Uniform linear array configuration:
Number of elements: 16
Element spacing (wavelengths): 0.75
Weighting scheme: binomial
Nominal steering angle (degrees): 60
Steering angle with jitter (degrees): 60.432
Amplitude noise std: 0.05
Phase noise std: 0.05

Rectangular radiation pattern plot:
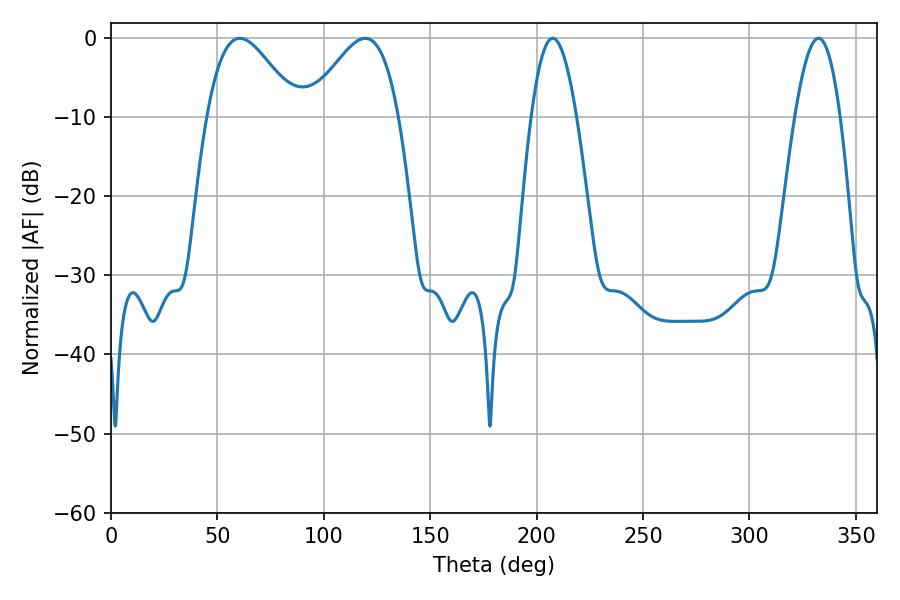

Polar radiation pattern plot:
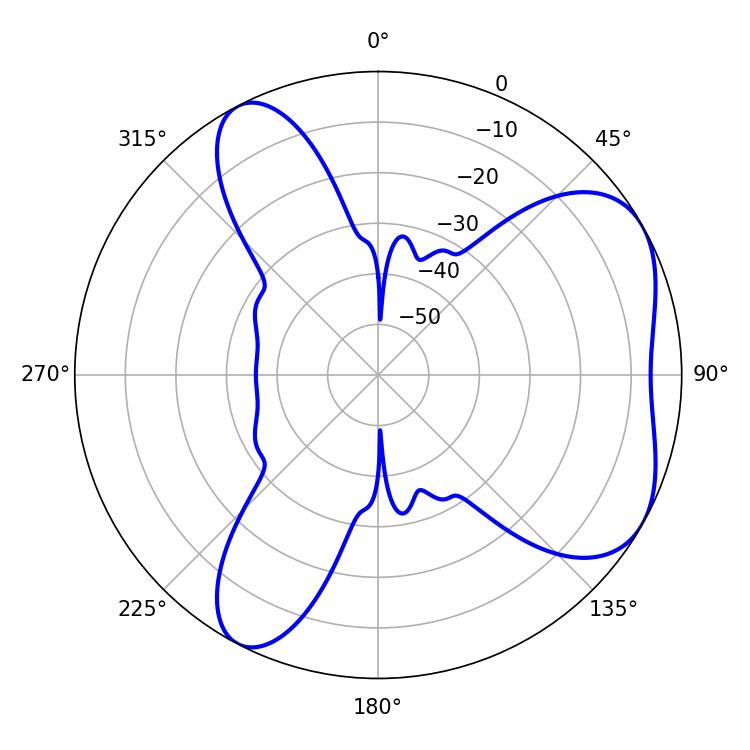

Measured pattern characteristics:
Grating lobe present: TRUE
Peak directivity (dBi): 5.353
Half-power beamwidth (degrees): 11.52
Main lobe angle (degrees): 207.54